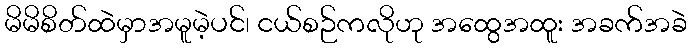
မိမိစိတ်ထဲမှာအမူမဲ့ပင်၊ ငယ်စဉ်ကလိုဟု အထွေအထူး အခက်အခဲ